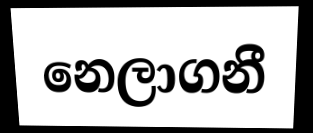
නෙලාගනී